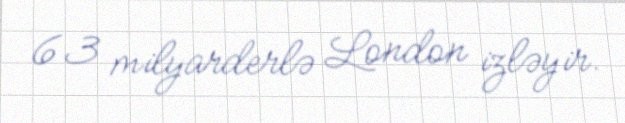
63 milyarderlə London izləyir.